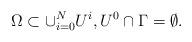
LaTeX: \begin{align*}\Omega \subset \cup_{i=0}^N U^i, U^0 \cap \Gamma = \emptyset.\end{align*}